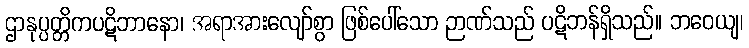
ဌာနုပ္ပတ္တိကပဋိဘာနော၊ အရာအားလျော်စွာ ဖြစ်ပေါ်သော ဉာဏ်သည် ပဋိဘန်ရှိသည်။ ဘဝေယျ၊